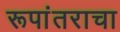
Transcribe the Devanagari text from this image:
रूपांतराचा